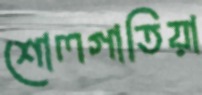
শোলগাতিয়া